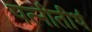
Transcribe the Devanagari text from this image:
पत्नीतीर्थ